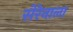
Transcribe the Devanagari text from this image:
सेरेनाला